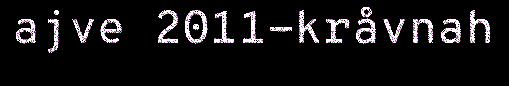
ajve 2011-kråvnah